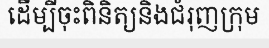
ដើម្បីចុះពិនិត្យនិងជំរុញក្រុម